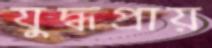
যুদ্ধপ্রায়